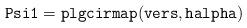
LaTeX: \begin{align*}{\tt Psi1 = plgcirmap(vers,halpha)}\end{align*}